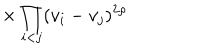
\hspace { 1 5 m m } \times \prod _ { i < j } ( v _ { i } - v _ { j } ) ^ { 2 \rho }